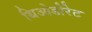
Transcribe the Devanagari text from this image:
थिओडोरेट